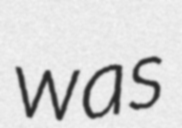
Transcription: was